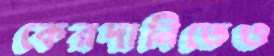
কেরদানিতেও